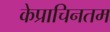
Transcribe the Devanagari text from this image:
केप्राचिनतम